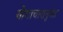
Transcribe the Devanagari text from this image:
योगाचारानुमत